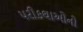
પરીકથાઓનો